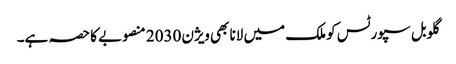
گلوبل سپورٹس کو ملک میں لانا بھی ویژن 2030 منصوبے کا حصہ ہے۔